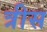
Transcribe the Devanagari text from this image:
त्रीस